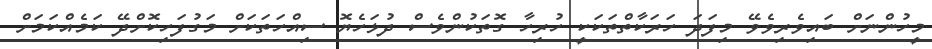
މީހުންނަށް ބައިވެރިވެވޭ މިފަދަ ހަރަކާތްތަކަކީ ހުރިހާ ގޮތަކުންވެސް ދުޅަހެޔޮ ސިއްހަތަކަށް މަގުފަހިކޮށްދޭ ކަމެއްކަމަށް